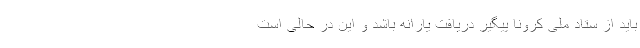
باید از ستاد ملی کرونا پیگیر دریافت یارانه باشد و این در حالی است